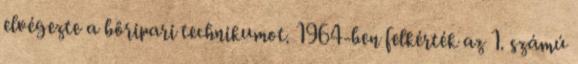
elvégezte a bôripari technikumot. 1964-ben felkérték az 1. számú